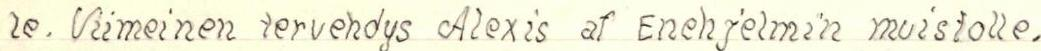
le. Viimeinen tervehdys Alexis af Enehjelmin muistolle.